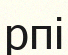
рпі